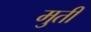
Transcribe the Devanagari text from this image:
मुतीं